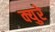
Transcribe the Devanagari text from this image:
क्युरे